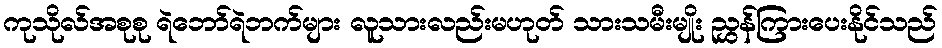
ကုသိုလ်အစုစု ရဲဘော်ရဲဘက်များ လူသားလည်းမဟုတ် သားသမီးမျိုး ညွှန်ကြားပေးနိုင်သည်